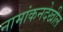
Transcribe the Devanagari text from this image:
नामांकनदेखील